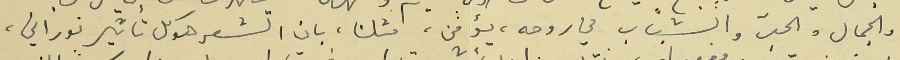
والجمال والحبّ والشباب في روحه، يؤمن، مثلنا، بان الشعر هو كل تأثير نوراني،